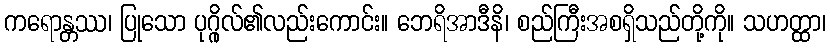
ကရောန္တဿ၊ ပြုသော ပုဂ္ဂိုလ်၏လည်းကောင်း။ ဘေရိအာဒီနိ၊ စည်ကြီးအစရှိသည်တို့ကို။ သဟတ္ထာ၊